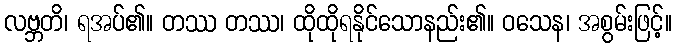
လဗ္ဘတိ၊ ရအပ်၏။ တဿ တဿ၊ ထိုထိုရနိုင်သောနည်း၏။ ဝသေန၊ အစွမ်းဖြင့်။